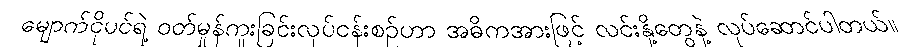
မျောက်ငိုပင်ရဲ့ ဝတ်မှုန်ကူးခြင်းလုပ်ငန်းစဉ်ဟာ အဓိကအားဖြင့် လင်းနို့တွေနဲ့ လုပ်ဆောင်ပါတယ်။